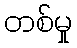
တစ်မှု